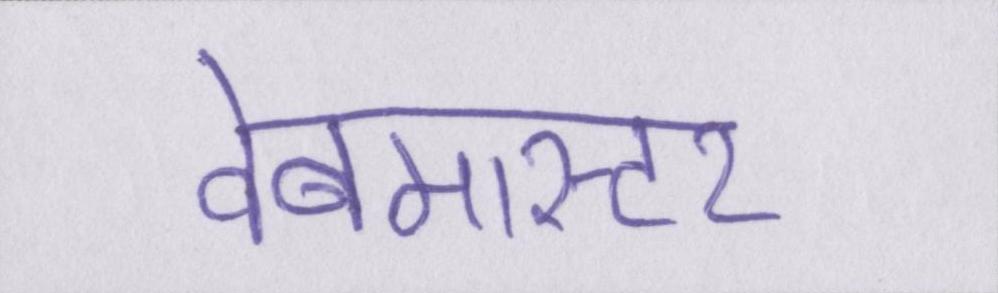
वेबमास्टर